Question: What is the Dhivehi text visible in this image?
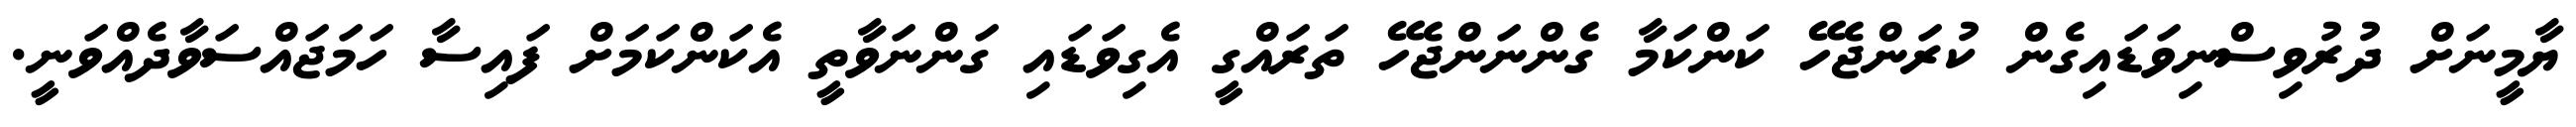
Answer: ޔާމީނަށް ދުރުވިސްނިވަޑައިގެން ކުރަންޖެހޭ ކަންކަމާ ގެންނަންޖެހޭ ތަރައްގީ އެގިވަޑައި ގަންނަވާތީ އެކަންކަމަށް ފައިސާ ހަމަޖައްސަވާދެއްވަނީ.